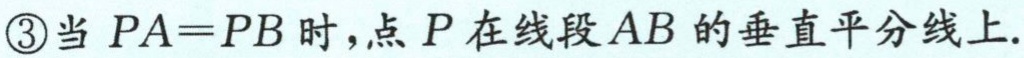
\textcircled{3}当 \(PA = PB\) 时，点 \(P\) 在线段 \(AB\) 的垂直平分线上.